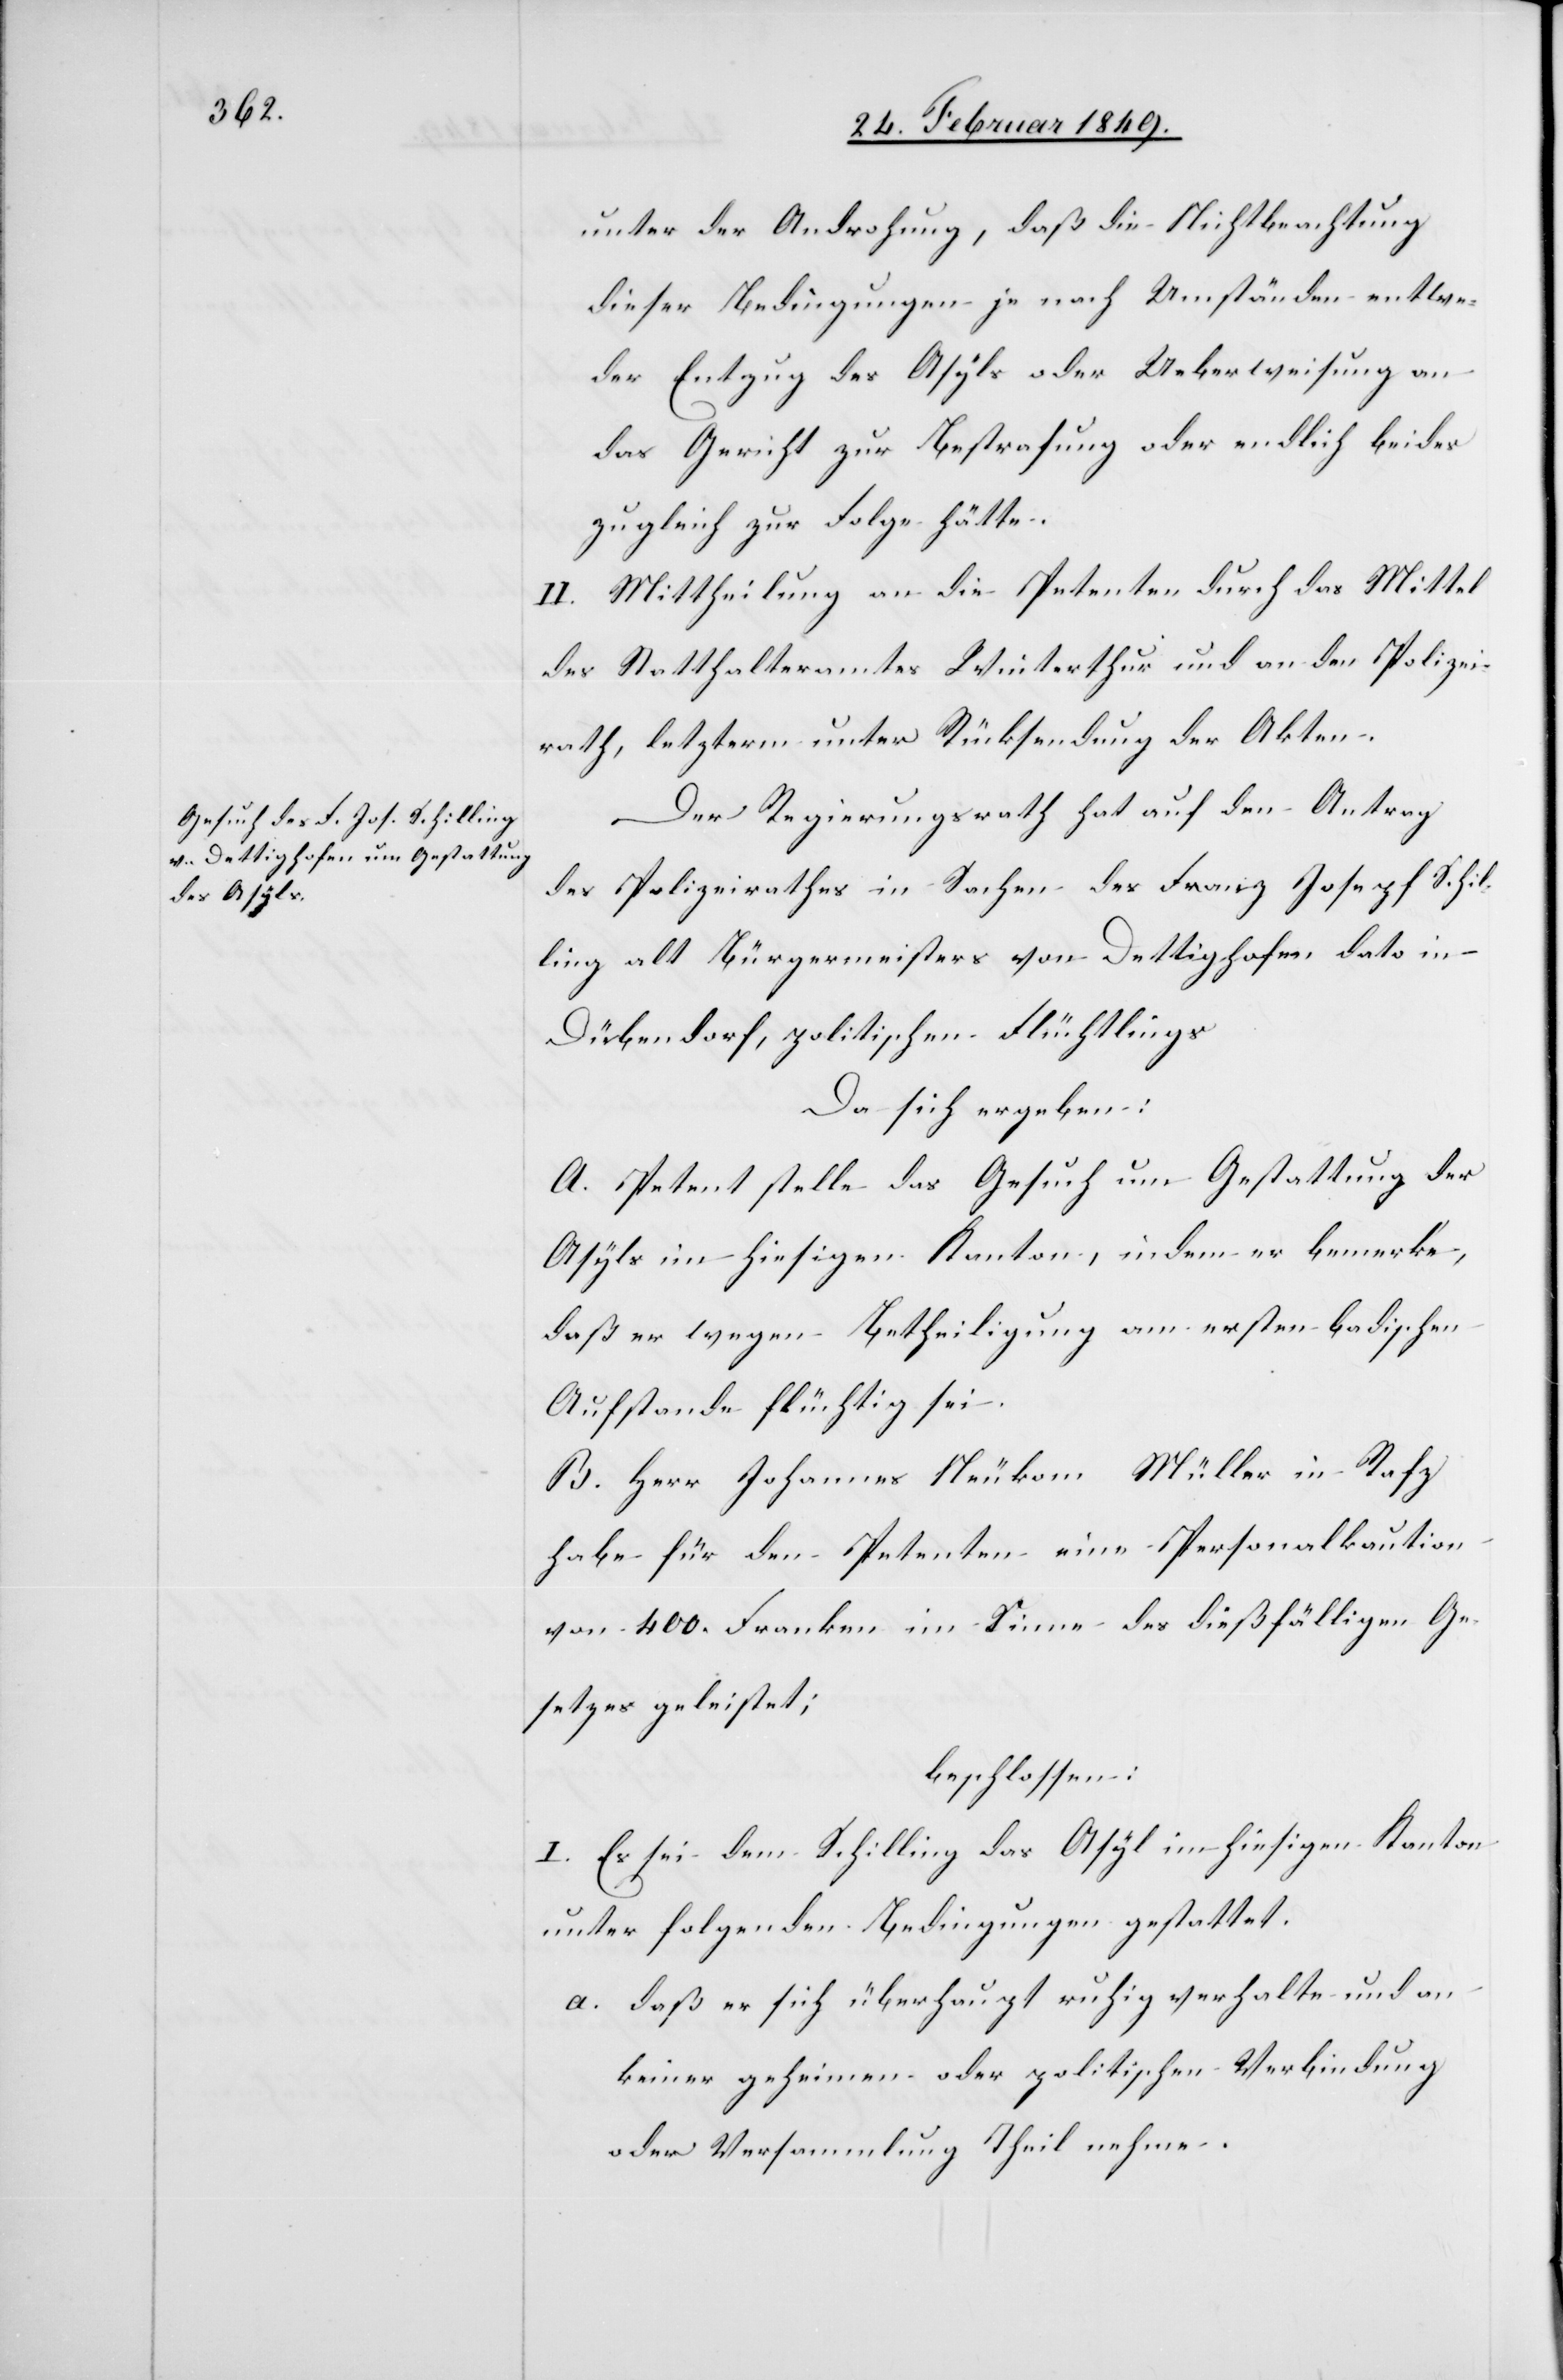
unter der Androhung, daß die Nichtbeachtung
dieser Bedingungen je nach Umständen entwe¬
der Entzug des Asyls oder Ueberweisung an
das Gericht zur Bestrafung oder endlich beides
zugleich zur Folge hätte.
II. Mittheilung an die Petenten durch das Mittel
des Statthalteramtes Winterthur und an den Polizei¬
rath, letzterm unter Rücksendung der Akten.
Der Regierungsrath hat auf den Antrag
des Polizeirathes in Sachen des Franz Joseph Schil¬
ling alt Bürgermeisters von Dettighofen dato in
Dübendorf, politischen Flüchtlings
Da sich ergeben:
A. Petent stelle das Gesuch um Gestattung der
Asyls im hiesigen Kanton, indem er bemerke,
daß er wegen Betheiligung am ersten badischen
Aufstande flüchtig sei.
B. Herr Johannes Neukom Müller in Rafz
habe für den Petenten eine Personalkaution
von 400. Franken im Sinne des dießfälligen Ge¬
setzes geleistet;
beschlossen:
I. Es sei dem Schilling das Asyl im hiesigen Kanton
unter folgenden Bedingungen gestattet.
a. daß er sich überhaupt ruhig verhalte und an
keiner geheimen oder politischen Verbindung
oder Versammlung Theil nehme.